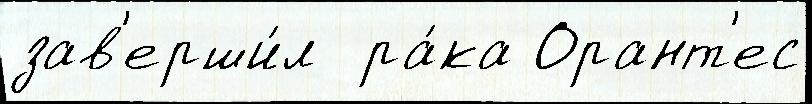
зав'ерши́л  ра́ка Орант'ес